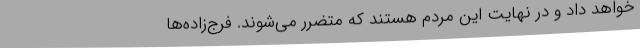
خواهد داد و در نهایت این مردم هستند که متضرر می‌شوند. فرج‌زاده‌ها